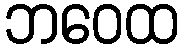
ဘဝေထ